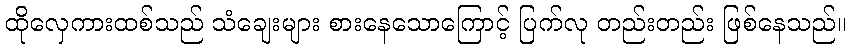
ထိုလှေကားထစ်သည် သံချေးများ စားနေသောကြောင့် ပြက်လု တည်းတည်း ဖြစ်နေသည်။